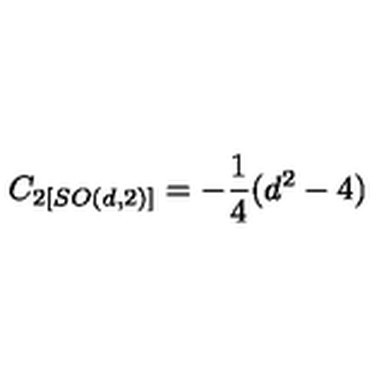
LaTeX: C _ { 2 \left[ S O ( d , 2 ) \right] } = - \frac { 1 } { 4 } ( d ^ { 2 } - 4 )